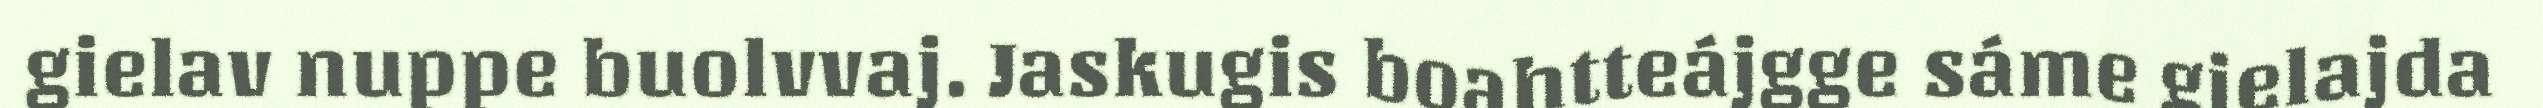
gielav nuppe buolvvaj. Jaskugis boahtteájgge sáme gielajda